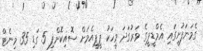
ގެމަނަފުށީގައި އެމްޑީޕީގެ ވަރުގަދަ މީހަކު ޕީޕީއެމަށް ސޮއިކޮށްފި 5 ގަޑި 35 މިނެޓް